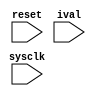
module expr(
reset,
sysclk,
ival
);

input reset, sysclk, ival;

wire reset;
wire sysclk;
wire ival;


reg [13:0] foo;
wire [2:0] baz;
reg [22:0] bam;
wire [5:3] out_i;
wire [8:0] input_status;
wire enable; wire debug; wire aux; wire outy; wire dv; wire value;

  // drive input status
  assign input_status = {foo[9:4],((baz[3:0] & foo[3:0] | (( ~baz[3:0] & bam[3:0]))))};
  // drive based on foo
  assign out_i = ((enable & ((aux ^ outy)))) | ((debug & dv &  ~enable)) | (( ~debug &  ~enable & value));
  // not drive
  always @(negedge reset or negedge sysclk) begin
    if((reset != 1'b 0)) begin
      foo <= {14{1'b0}};
    end else begin
      foo[3 * ((2 - 1))] <= (4 * ((1 + 2)));
      bam[13:0] <= foo;
    end
  end


endmodule